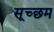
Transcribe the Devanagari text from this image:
सूच्‍छम